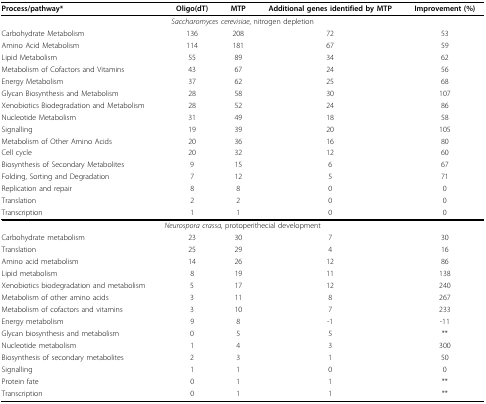
| Process/pathway* | Oligo(dT) | MTP | Additional genes identified by MTP | Improvement (%) |
 | --- | --- | --- | --- | --- |
 | <COLSPAN=5> Saccharomyces cerevisiae, nitrogen depletion |
 | Carbohydrate Metabolism | 136 | 208 | 72 | 53 |
 | Amino Acid Metabolism | 114 | 181 | 67 | 59 |
 | Lipid Metabolism | 55 | 89 | 34 | 62 |
 | Metabolism of Cofactors and Vitamins | 43 | 67 | 24 | 56 |
 | Energy Metabolism | 37 | 62 | 25 | 68 |
 | Glycan Biosynthesis and Metabolism | 28 | 58 | 30 | 107 |
 | Xenobiotics Biodegradation and Metabolism | 28 | 52 | 24 | 86 |
 | Nucleotide Metabolism | 31 | 49 | 18 | 58 |
 | Signalling | 19 | 39 | 20 | 105 |
 | Metabolism of Other Amino Acids | 20 | 36 | 16 | 80 |
 | Cell cycle | 20 | 32 | 12 | 60 |
 | Biosynthesis of Secondary Metabolites | 9 | 15 | 6 | 67 |
 | Folding, Sorting and Degradation | 7 | 12 | 5 | 71 |
 | Replication and repair | 8 | 8 | 0 | 0 |
 | Translation | 2 | 2 | 0 | 0 |
 | Transcription | 1 | 1 | 0 | 0 |
 | <COLSPAN=5> Neurospora crassa, protoperithecial development |
 | Carbohydrate metabolism | 23 | 30 | 7 | 30 |
 | Translation | 25 | 29 | 4 | 16 |
 | Amino acid metabolism | 14 | 26 | 12 | 86 |
 | Lipid metabolism | 8 | 19 | 11 | 138 |
 | Xenobiotics biodegradation and metabolism | 5 | 17 | 12 | 240 |
 | Metabolism of other amino acids | 3 | 11 | 8 | 267 |
 | Metabolism of cofactors and vitamins | 3 | 10 | 7 | 233 |
 | Energy metabolism | 9 | 8 | -1 | -11 |
 | Glycan biosynthesis and metabolism | 0 | 5 | 5 | ** |
 | Nucleotide metabolism | 1 | 4 | 3 | 300 |
 | Biosynthesis of secondary metabolites | 2 | 3 | 1 | 50 |
 | Signalling | 1 | 1 | 0 | 0 |
 | Protein fate | 0 | 1 | 1 | ** |
 | Transcription | 0 | 1 | 1 | ** |